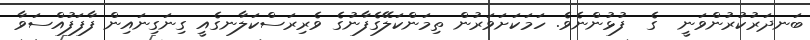
ބަނދަރުކުރުންވަނީ  ގެ  ފުޅުންނެވެ. ހަމަކަށަވަރުން ތިމަންކަލޭގެފާނުގެ ވެރިރަސްކަލާނގެއީ ގިނަގިނައިން ފާފަފުއްސަވާ